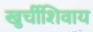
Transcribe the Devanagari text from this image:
खुर्चीशिवाय